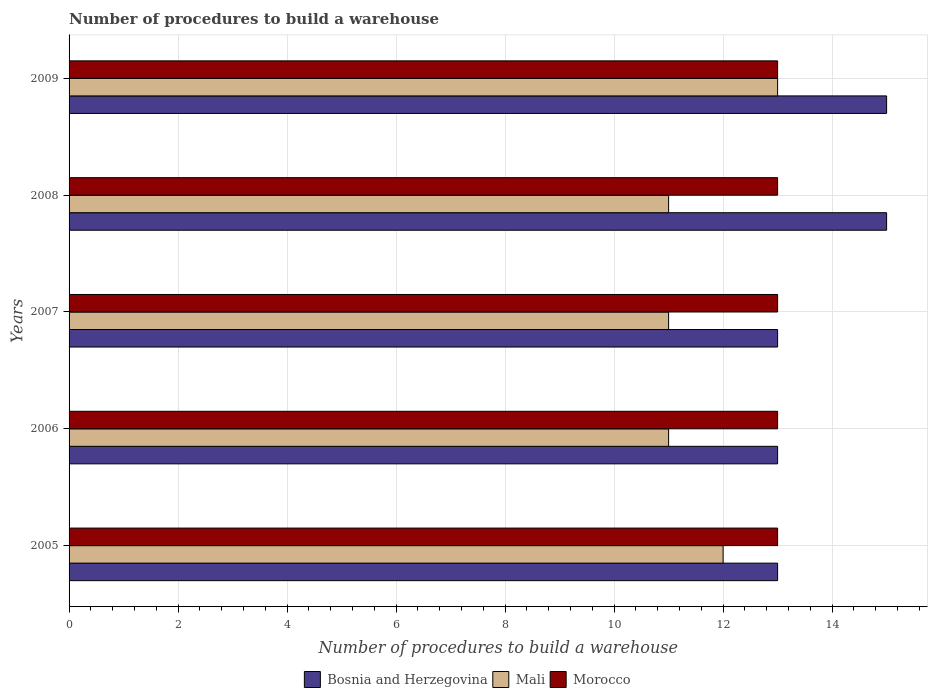
| Years | Bosnia and Herzegovina | Mali | Morocco |
 | --- | --- | --- | --- |
 | 2005 | 13 | 12 | 13 |
 | 2006 | 13 | 11 | 13 |
 | 2007 | 13 | 11 | 13 |
 | 2008 | 15 | 11 | 13 |
 | 2009 | 15 | 13 | 13 |